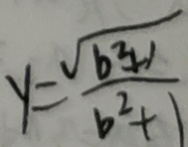
y = \frac { \sqrt { b ^ { 2 } + 1 } } { b ^ { 2 } + 1 }